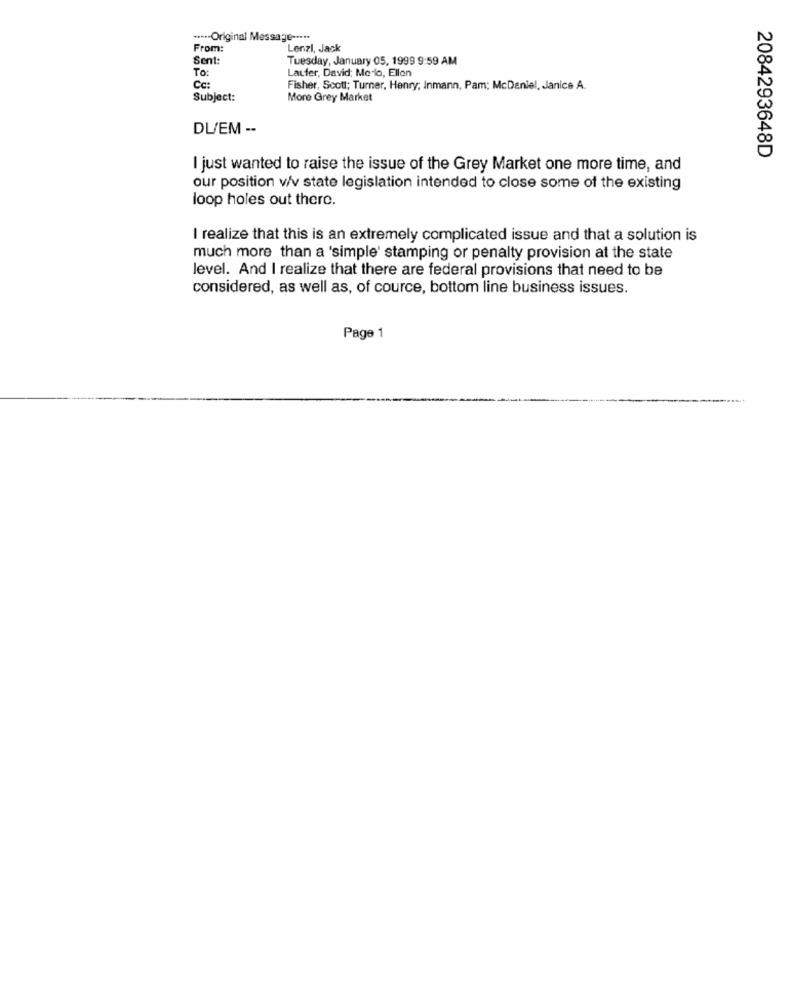
****- Original Message -....
From:
Lenzi, Jack
Sent:
Tuesday, January 05, 1999 9:59 AM
To:
Laufer, David; Mo-lo, Ellon
Cc:
Fisher, Scott; Turner, Henry; Inmann, Pam; McDaniel, Janice A.
Subject:
More Grey Market
DL/EM --
2084293648D
I just wanted to raise the issue of the Grey Market one more time, and
our position v/v state legislation intended to close some of the existing
loop holes out there.
I realize that this is an extremely complicated issue and that a solution is
much more than a 'simple' stamping or penalty provision at the state
level. And I realize that there are federal provisions that need to be
considered, as well as, of cource, bottom line business issues.
Page 1